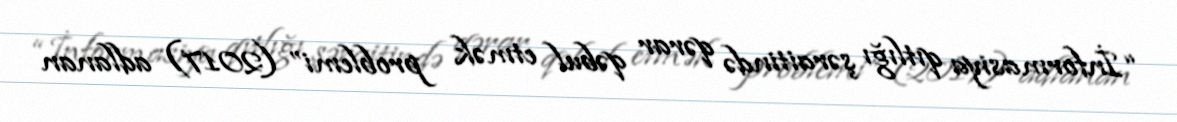
“İnformasiya qıtlığı şəraitində qərar qəbul etmək problemi” (2017) adlanan